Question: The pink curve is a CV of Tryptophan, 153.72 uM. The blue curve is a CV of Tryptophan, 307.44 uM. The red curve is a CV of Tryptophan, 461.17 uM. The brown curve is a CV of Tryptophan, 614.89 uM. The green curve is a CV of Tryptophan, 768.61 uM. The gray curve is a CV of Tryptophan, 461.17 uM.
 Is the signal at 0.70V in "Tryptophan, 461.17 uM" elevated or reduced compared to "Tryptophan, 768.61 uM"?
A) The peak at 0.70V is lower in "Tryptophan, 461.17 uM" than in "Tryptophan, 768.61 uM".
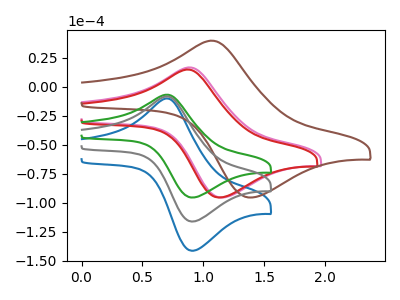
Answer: <think>The pink curve "Tryptophan, 153.72 uM" has an anodic peak at (0.90V, 16.75uA) and a cathodic peak at (1.15V, -95.45uA). The blue curve "Tryptophan, 307.44 uM" has an anodic peak at (0.70V, -16.45uA) and a cathodic peak at (0.90V, -232.30uA). The red curve "Tryptophan, 461.17 uM" has an anodic peak at (0.85V, 14.95uA) and a cathodic peak at (1.15V, -95.45uA). The brown curve "Tryptophan, 614.89 uM" has an anodic peak at (1.05V, 39.85uA) and a cathodic peak at (1.40V, -95.45uA). The green curve "Tryptophan, 768.61 uM" has an anodic peak at (0.70V, -6.75uA) and a cathodic peak at (0.90V, -95.45uA). The gray curve "Tryptophan, 461.17 uM" has an anodic peak at (0.70V, -8.20uA) and a cathodic peak at (0.90V, -116.15uA).</think>
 <answer>A) The peak at 0.70V is lower in "Tryptophan, 461.17 uM" than in "Tryptophan, 768.61 uM".</answer>
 <eval>A</eval>